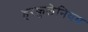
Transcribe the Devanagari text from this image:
हरकुलेनियम